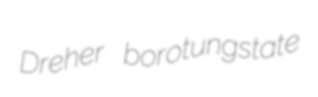
Dreher borotungstate